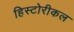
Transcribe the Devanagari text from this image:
हिस्टोरीकल